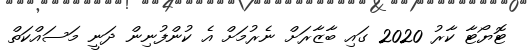
ޓޮޔޯޓާ ކާރު 2020 ގައި ބާޒާރަށް ނެރުމަށް އެ ކުންފުނިން ދަނީ މަސައްކަތް